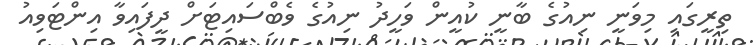
ތިރީގައި މިވަނީ ނިއުގެ ބާނީ ކުއީން ވަހީދު ނިއުގެ ވެބްސައިޓަށް ދީފައިވާ އިންޓަވިއު